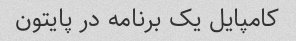
کامپایل یک برنامه در پایتون